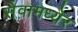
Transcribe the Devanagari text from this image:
सेवामध्येर